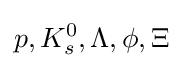
p,K_{s}^{0},\Lambda ,\phi ,\Xi